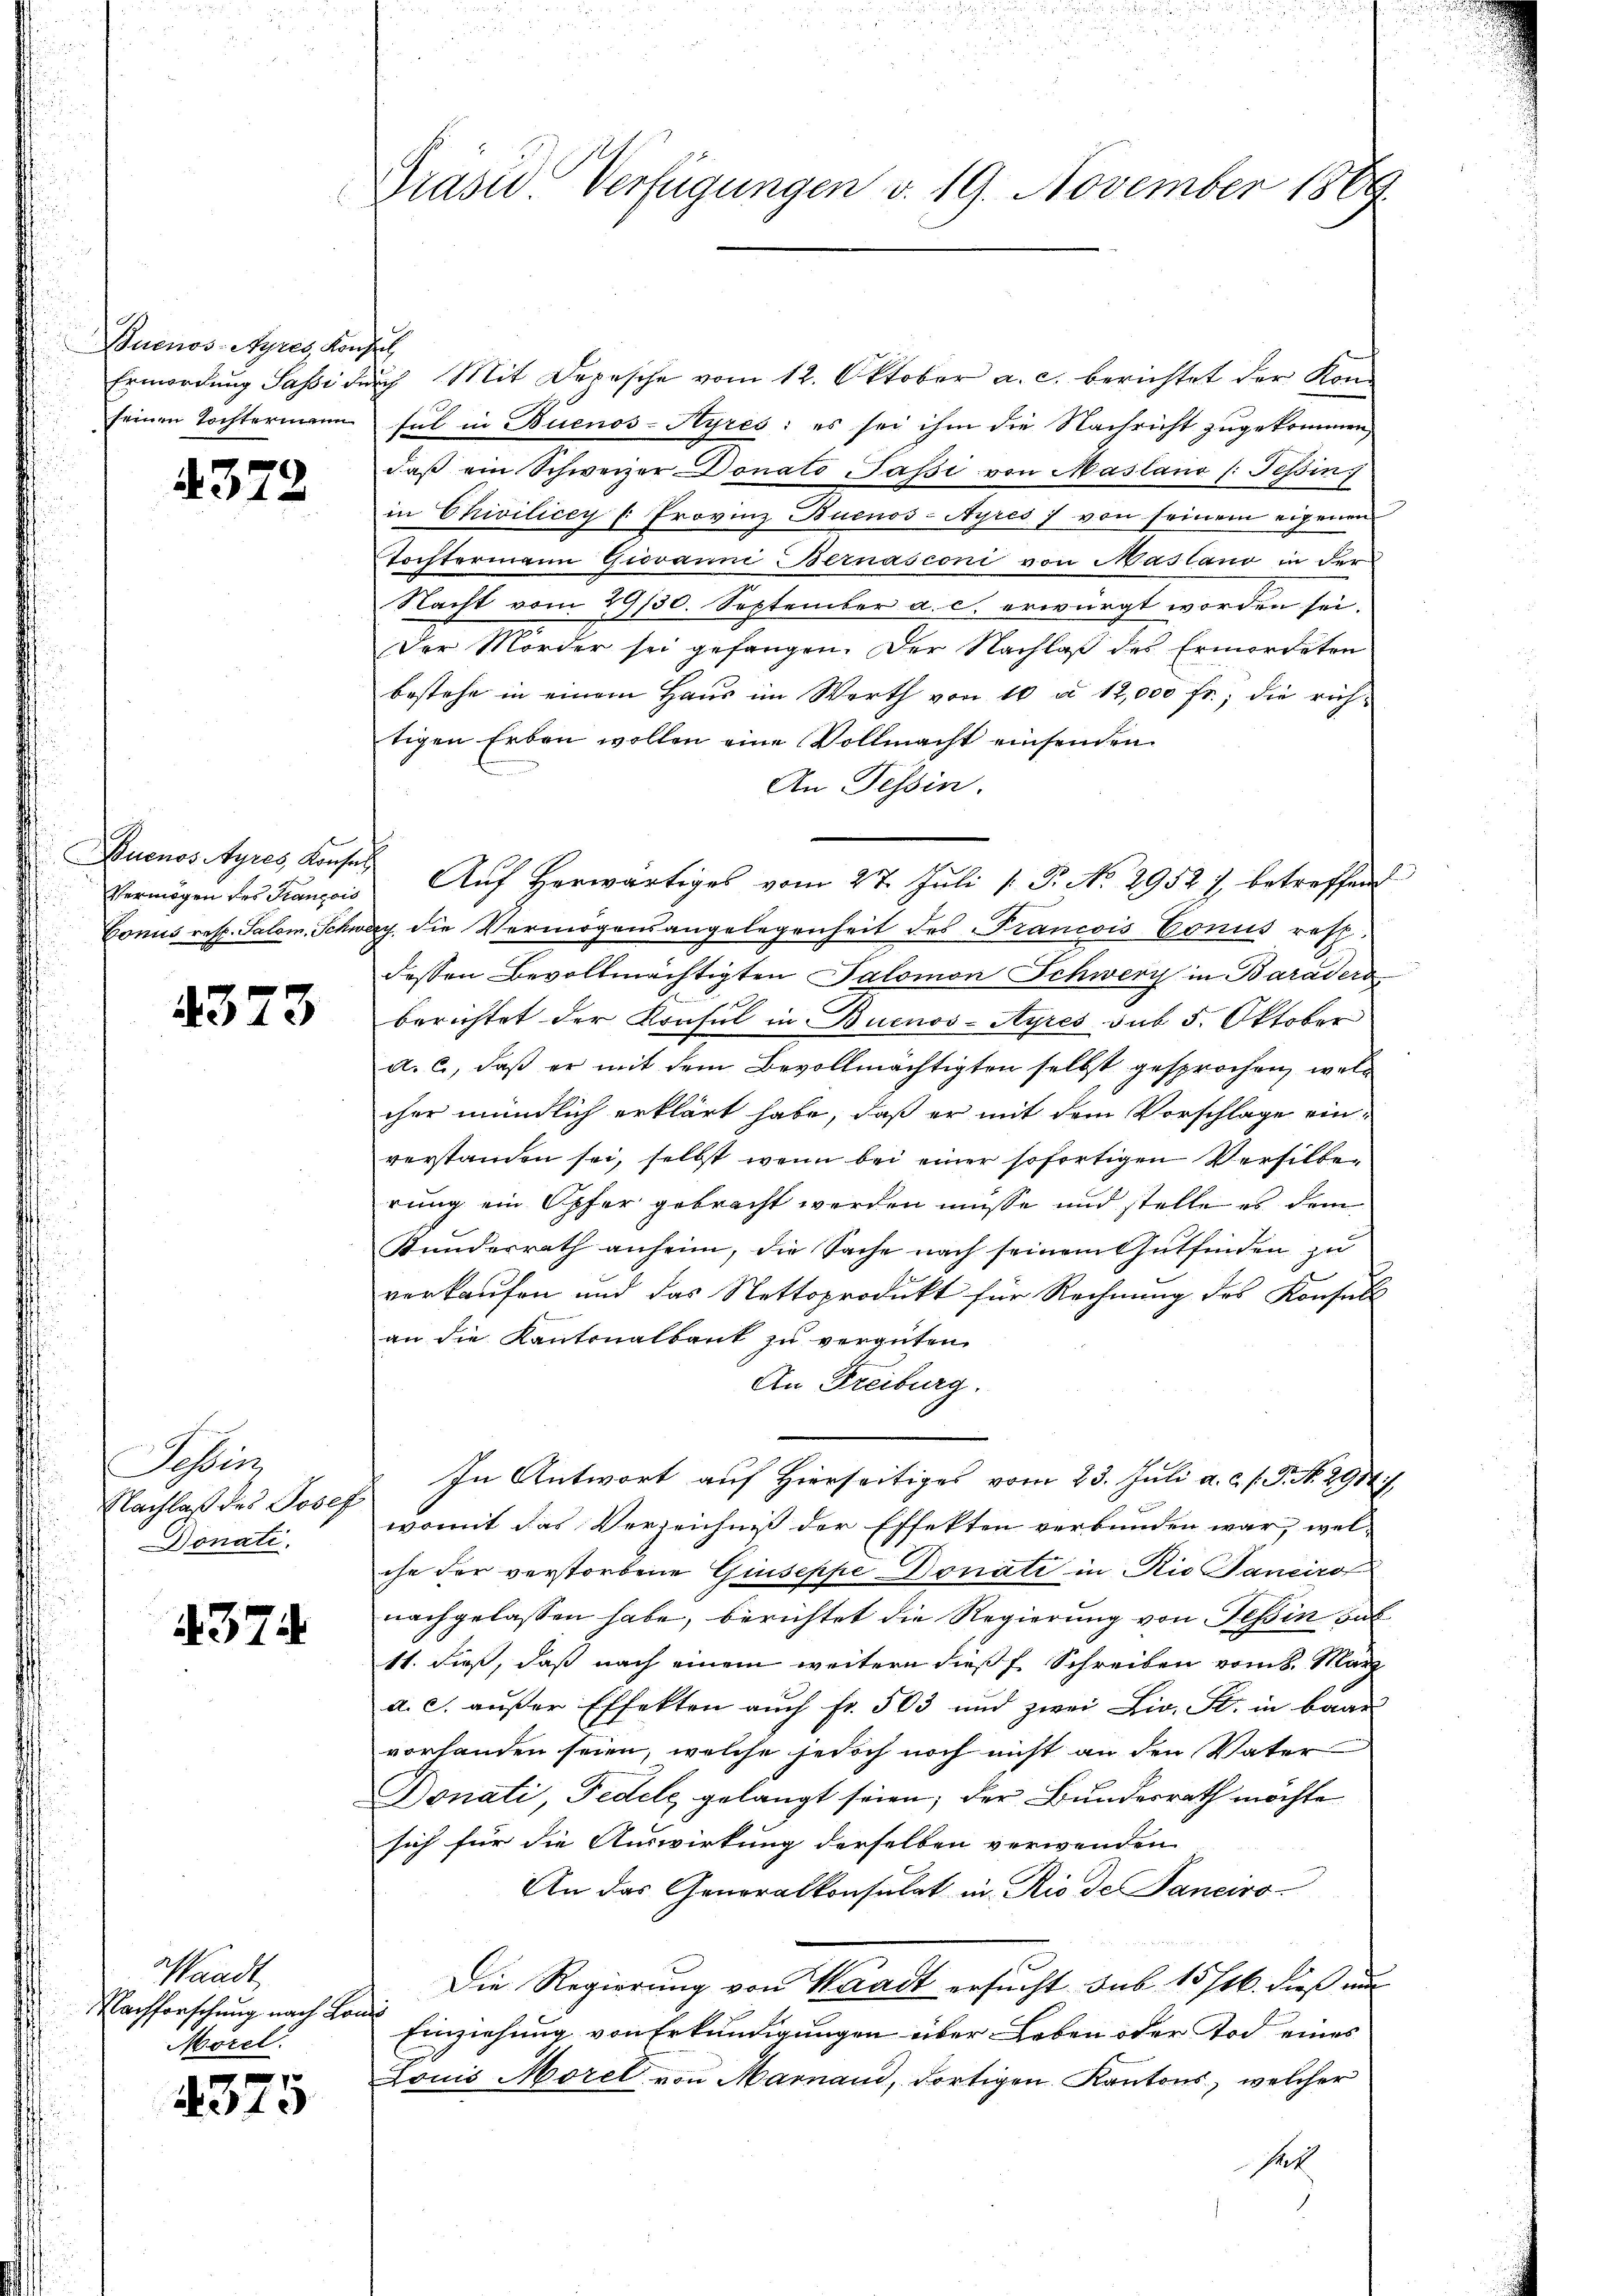
Buenos-Ayres Konfe
Ermordung Passi de
seinen Tochtermann

4372

Buenos Ayres, Konsen
Vermögen des Français
Conus resp. Salom. Schwe

4373

Tessin
Nachlaß des Poseg
Donati

374.

Waadt
Nachforschung nach Lan
Morel.

4375

.

Präsid Verfügungen v. 19. November 1889

c
uch Mit Depesche vom 12. Oktober a. c. berichtet der Konsul in Buenos-Ayres: es sei ihm die Nachricht zugekommen,
daß ein Schweizer Donato Pasi von Masland /: Tessin
in Chivilicey f: Provinz Buenos-Ayres von seinem eigenen
Tochtermann Giovanni Bernasconi von Masland in der
Nacht vom 29/30. September a. c. erwürgt worden sei.
Der Mörder sei gefangen. Der Nachlaß des Ermordeten
bestehe in einem Haus im Werth von 10 u. 12,000 fr.; die richtigen Erben wollen eine Vollmacht einsenden
An Tessin.
Aŭf herwärtiges vom 27. Jŭli 1. P. No. 29527 betreffen
u. die Vermögensangelegenheit des Francois Conus resp.
dessen Bevollmächtigten Salomon Schwerz in Baradero
berichtet der Krasul in Buenos-Ayres sub 5. Oktober
a. c., daß er mit dem Bevollmächtigten selbst gesprochen, welcher mündlich erklärt habe, daß er mit dem Vorschlage einverstanden sei, selbst wenn bei einer sofortigen Versilberung ein Opfer gebracht werden müsse und stelle es dem
Bundesrath anheim, die Sache nach seinem Gutfinden zu
verkaufen und das Nettoprodukt für Rechnung des Konsull
an die Kantonalbank zu vergüten,
An Freiburg.
In Antwort auf Hierseitiges vom 23. Juli a. c. s. S. No. 2914),
womit das Verzeichniß der Effekten verbunden war, welche der verstorbene Giuseppe Donati in Rio Pancirot
nachgelassen habe, berichtet die Regierung von Tessin sub
11. dieß, daß nach einem weitern dieß f. Schreiben vom 8. März
a. S. außer Effekten auch fr. 503 und zwei Liv. St. in baar
vorhanden seien, welche jedoch noch nicht an den Vater
Ponati, Fedele gelangt seien; der Bundesrath möchte
sich für die Auswirkung derselben verwenden
An das Generalkonsulat in Rio de Janeiro-
Die Regierung von Waadt ersucht sub 15/16. dieß und
Einziehung von Erkundigungen über Leben oder Tod eines
Louis Morel von Marnaud, dortigen Kantons, welcher
hat